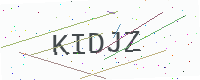
Text: KIDJZ